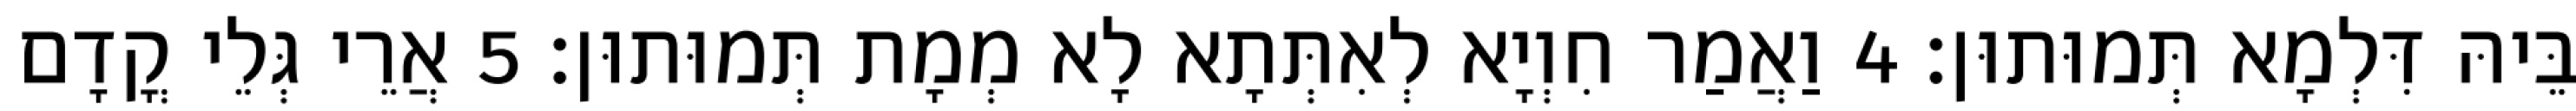
בֵּיהּ דִּלְמָא תְּמוּתוּן׃ 4 וַאֲמַר חִוְיָא לְאִתְּתָא לָא מְמָת תְּמוּתוּן׃ 5 אֲרֵי גְּלֵי קֳדָם